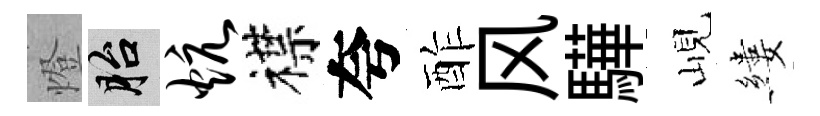
燈胎炕襟夸酢风驊峴縷